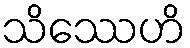
သိဿေဟိ